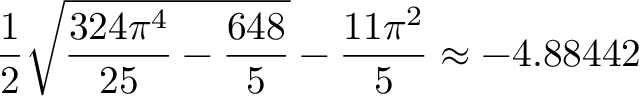
\frac { 1 } { 2 } \sqrt { \frac { 3 2 4 \pi ^ { 4 } } { 2 5 } - \frac { 6 4 8 } { 5 } } - \frac { 1 1 \pi ^ { 2 } } { 5 } \approx - 4 . 8 8 4 4 2